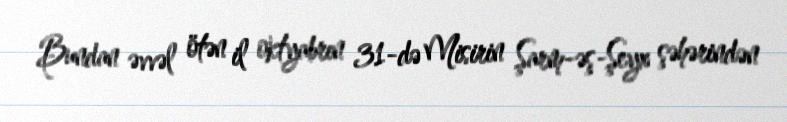
Bundan əvvəl ötən il oktyabrın 31-də Misirin Şarm-əş-Şeyx şəhərindən